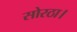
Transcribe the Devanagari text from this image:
सोरठा।